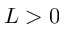
L > 0